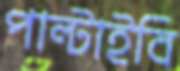
পাল্‌টাইবি